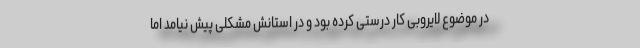
در موضوع لایروبی کار درستی کرده بود و در استانش مشکلی پیش نیامد اما